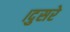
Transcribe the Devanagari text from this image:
।दुसरे